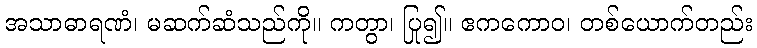
အသာဓာရဏံ၊ မဆက်ဆံသည်ကို။ ကတွာ၊ ပြု၍။ ဧကကောဝ၊ တစ်ယောက်တည်း